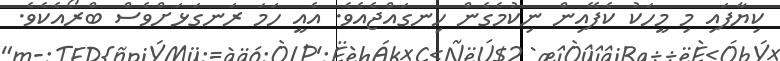
ކިޔާފައި މި މީހަކު ކެފޭއިން ނިކުމެގެން ހިނގައްޖެއެވެ. އެއީ ހަމަ ރަނގަޅަށްވެސް ބްރޯއެކެވެ.